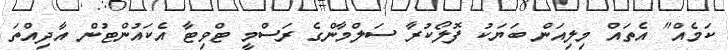
ކަމެއް" އެތައް މިލިއަން ބަޔަކު ފޮލޯކުރާ ސަލްމާންގެ ރަސްމީ ޓްވިޓާ އެކައުންޓުން އާދިއްތަ